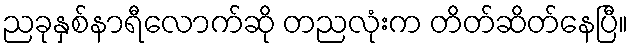
ညခုနှစ်နာရီလောက်ဆို တညလုံးက တိတ်ဆိတ်နေပြီ။